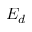
E _ { d }